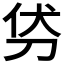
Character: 𭃜